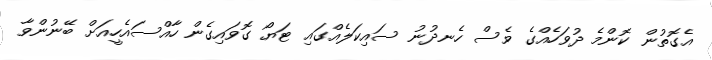
އެގޮތުން ކޮންމެ ދުވަހެއްގެ ވެސް ހެނދުނު ސައިކަލެއްގައި ޓަޔޯ ގޮވައިގެން ހާއްސައެހީއަށް ބޭނުންވާ